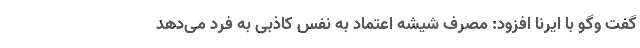
گفت وگو با ایرنا افزود: مصرف شیشه اعتماد به نفس کاذبی به فرد می‌دهد